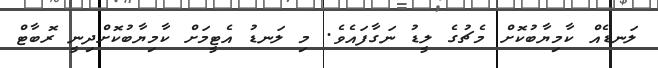
ލަނޑެއް ކާމިޔާބުކޮށް މެޗުގެ ލީޑު ނަގާފައެވެ. މި ލަނޑު އެޓީމަށް ކާމިޔާބުކޮށްދިނީ ރޮބާޓް